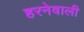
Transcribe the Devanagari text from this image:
हरनेवाली